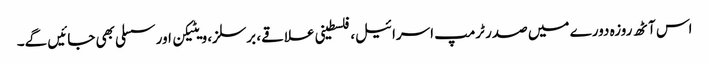
اس آٹھ روزہ دورے میں صدر ٹرمپ اسرائیل، فلسطینی علاقے، برسلز، ویٹیکن اور سسلی بھی جائیں گے۔